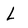
Character: L